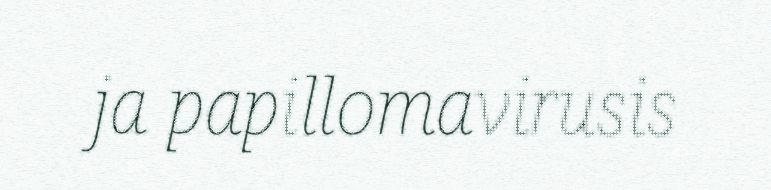
ja papillomavirusis